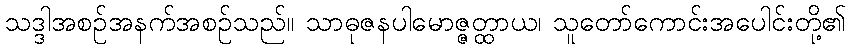
သဒ္ဒါအစဉ်အနက်အစဉ်သည်။ သာဓုဇနပါမောဇ္ဇတ္ထာယ၊ သူတော်ကောင်းအပေါင်းတို့၏